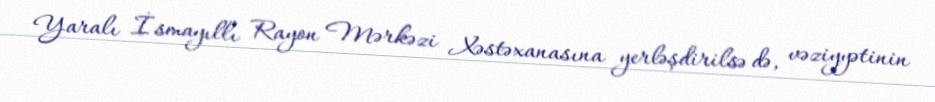
Yaralı İsmayıllı Rayon Mərkəzi Xəstəxanasına yerləşdirilsə də, vəziyyətinin